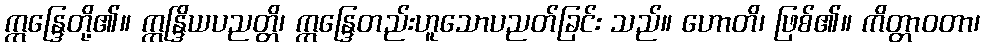
ဣန္ဒြေတို့၏။ ဣန္ဒြိယပညတ္တိ၊ ဣန္ဒြေတည်းဟူသောပညတ်ခြင်း သည်။ ဟောတိ၊ ဖြစ်၏။ ကိတ္တာဝတာ၊